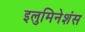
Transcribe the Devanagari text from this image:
इलुमिनेशंस